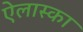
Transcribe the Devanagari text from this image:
ऐलास्का